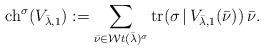
LaTeX: \begin{align*} {\rm ch}^\sigma(V_{\bar{\lambda}, 1}) := \sum_{\bar{\nu} \in {\mathcal Wt}(\bar{\lambda})^\sigma} {\rm tr}( \sigma \, | \, V_{\bar{\lambda}, 1}(\bar{\nu})) \, \bar{\nu}.\end{align*}